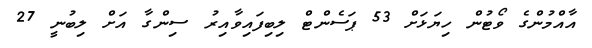
އާއްމުންގެ ވޯޓުން ހިޔަޅަށް 53 ޕަސެންޓް ލިބިފައިވާއިރު ސިންގާ އަށް ލިބުނީ 27